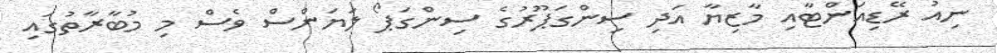
ނިއު ރޭޑިއަންޓާއި މާޒިޔާ އަދި ސިންގަޕޫރުގެ ސިންގަޕޯ ލަޔަންސް ވެސް މި މުބާރާތުގައި